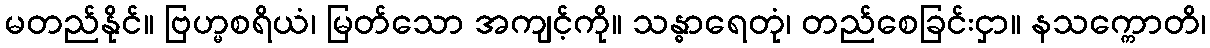
မတည်နိုင်။ ဗြဟ္မစရိယံ၊ မြတ်သော အကျင့်ကို။ သန္ဓာရေတုံ၊ တည်စေခြင်းငှာ။ နသက္ကောတိ၊